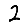
Digit: 2